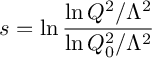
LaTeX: s = \ln \frac { \ln Q ^ { 2 } / \Lambda ^ { 2 } } { \ln Q _ { 0 } ^ { 2 } / \Lambda ^ { 2 } }